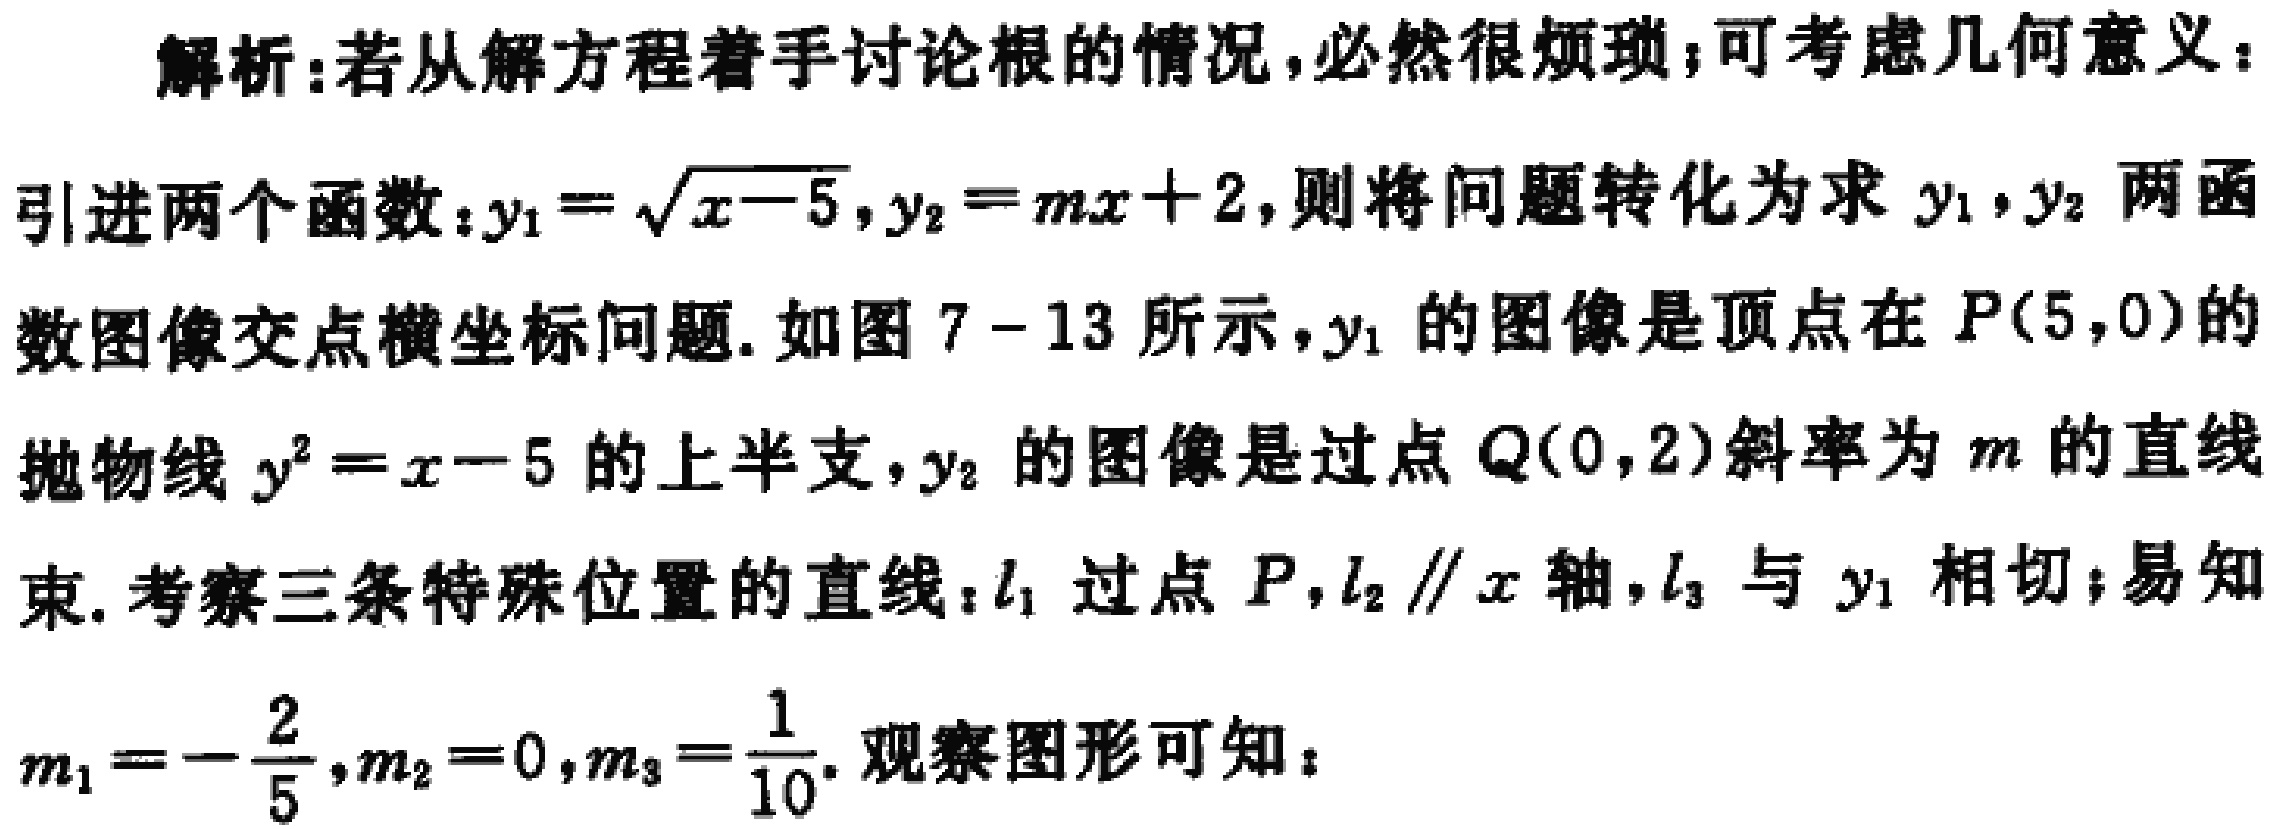
解析:若从解方程着手讨论根的情况，必然很烦琐；可考虑几何意义：
引进两个函数：\(y_1 = \sqrt{x - 5},y_2 = mx + 2\)，则将问题转化为求\(y_1,y_2\)两函
数图像交点横坐标问题. 如图 7 - 13 所示，\(y_1\)的图像是顶点在 \(P(5,0)\)的
抛物线 \(y^{2}=x - 5\)的上半支，\(y_2\)的图像是过点 \(Q(0,2)\)斜率为 \(m\)的直线
束. 考察三条特殊位置的直线：\(l_1\)过点 \(P\)，\(l_2\parallel x\)轴，\(l_3\)与 \(y_1\)相切；易知
\(m_1 = -\frac{2}{5},m_2 = 0,m_3=\frac{1}{10}\). 观察图形可知：